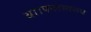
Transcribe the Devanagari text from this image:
था।फलस्वरूप